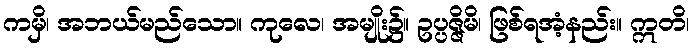
ကမှိ၊ အဘယ်မည်သော။ ကုလေ၊ အမျိုး၌။ ဥပ္ပဇ္ဇိမိ၊ ဖြစ်ရအံ့နည်း။ ဣတိ၊